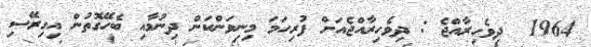
1964  ދިވެހިރާއްޖެ : ދިވެހިރާއްޖެއަށް ފުރިހަމަ މިނިވަންކަން ދިނުމާއި ބެހޭގޮތުން އިގިރޭސި